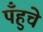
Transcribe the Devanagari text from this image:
पँहुचे